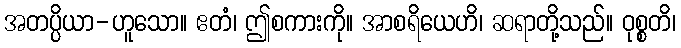
အတပ္ပိယာ-ဟူသော။ ဧတံ၊ ဤစကားကို။ အာစရိယေဟိ၊ ဆရာတို့သည်။ ဝုစ္စတိ၊